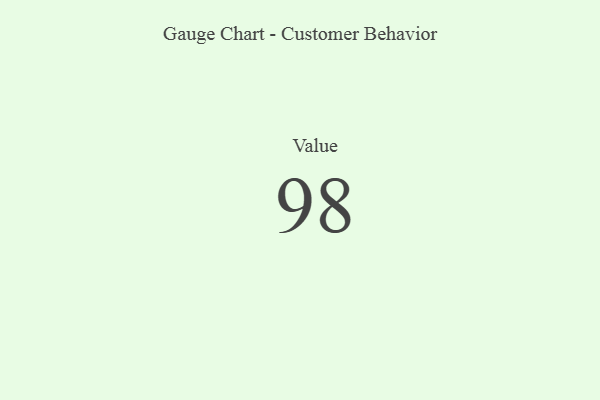
{"axis": {"x": "Metric", "y": "Value"}, "legend": [""], "data": [{"x": "Value", "y": 98, "type": ""}]}